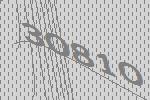
30810